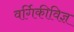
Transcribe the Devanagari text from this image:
वर्गिकीविज्ञ